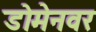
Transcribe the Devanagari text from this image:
डोमेनवर